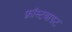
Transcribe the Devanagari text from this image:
फ़्रॉस्टबाइट